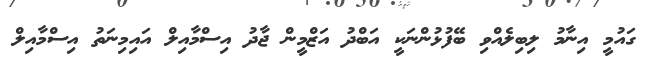
ގައުމީ އިނާމު ލިބިލެއްވި ބޭފުޅުންނަކީ އަބްދު އަޒްމީން ޖާދު އިސްމާއިލް އައިމިނަތު އިސްމާއިލް